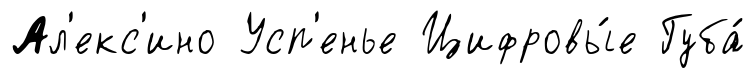
Ал'екс'ино Усп'енье Цифровы́е Губа́